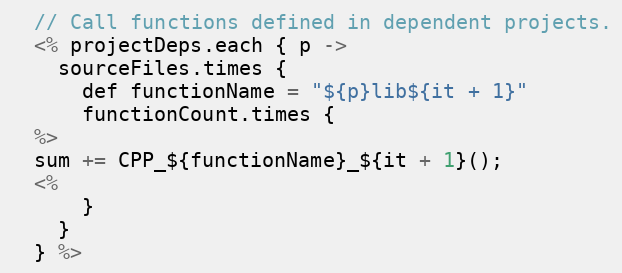
Language: C++
  // Call functions defined in dependent projects.
  <% projectDeps.each { p ->
    sourceFiles.times {
      def functionName = "${p}lib${it + 1}"
      functionCount.times {
  %>
  sum += CPP_${functionName}_${it + 1}();
  <%
      }
    }
  } %>